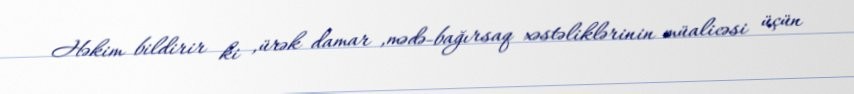
Həkim bildirir ki ,ürək damar ,mədə-bağırsaq xəstəliklərinin müalicəsi üçün